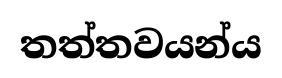
තත්තවයන්ය